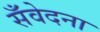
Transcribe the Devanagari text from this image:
सँवेदना